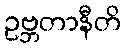
ဥဗ္ဘတာနီတိ